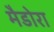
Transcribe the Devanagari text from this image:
मैडोरा